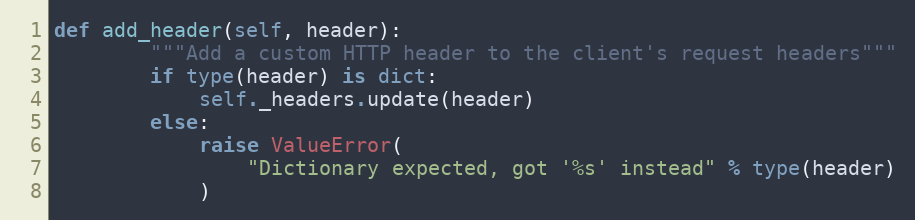
Language: Python
def add_header(self, header):
        """Add a custom HTTP header to the client's request headers"""
        if type(header) is dict:
            self._headers.update(header)
        else:
            raise ValueError(
                "Dictionary expected, got '%s' instead" % type(header)
            )